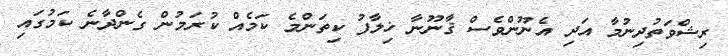
ރިޝްވަތުދިނުމާ އަދި އެނޫންވެސް ޤާނޫނާ ޚިލާފު ކިތަންމެ ކަމެއް ކުރަމުން ގެންދާނެ ކަމުގައި